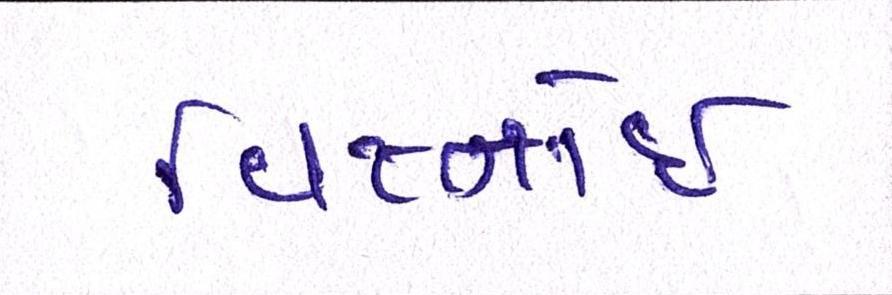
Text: વિષ્નોઈ